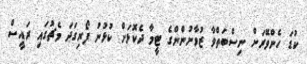
ކުޑަ ހެންވޭރަށް ނިސްބަތްވާ ޒުވާނުންންގެ ޓީމާ ދެކޮޅަށް ކުޅުނު ފޯރިގަދަ މެޗުގައި ރައީސް